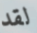
لقد